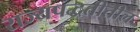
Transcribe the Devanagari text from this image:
राज्यपद्धतीतील